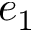
e _ { 1 }